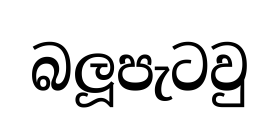
බලූපැටවු